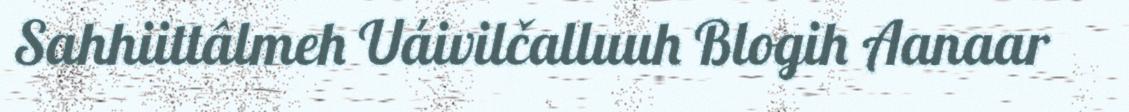
Sahhiittâlmeh Uáivilčalluuh Blogih Aanaar